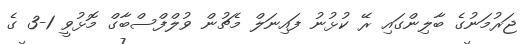
ޖަރުމަނުގެ ބާލިންގައި ރޭ ކުޅުނު ފައިނަލް މެޗުން ވުލްފްސްބާގް މޮޅުވީ 1-3 ގެ